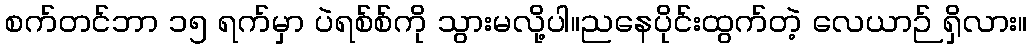
စက်တင်ဘာ ၁၅ ရက်မှာ ပဲရစ်စ်ကို သွားမလို့ပါ။ညနေပိုင်းထွက်တဲ့ လေယာဉ် ရှိလား။